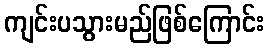
ကျင်းပသွားမည်ဖြစ်ကြောင်း